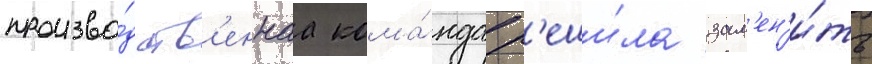
произво́дств'еннаа кома́нда р'еши́ла зам'ен'и́ть